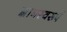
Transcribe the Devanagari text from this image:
ज्ञानस्वरूपं